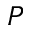
P